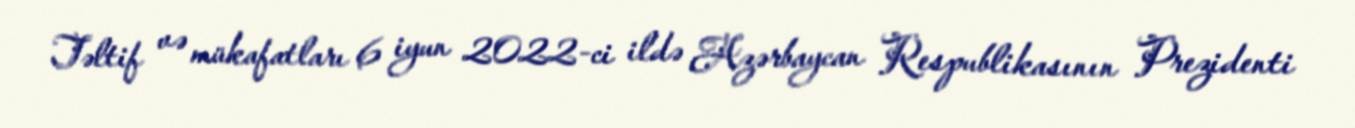
Təltif və mükafatları 6 iyun 2022-ci ildə Azərbaycan Respublikasının Prezidenti